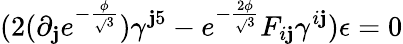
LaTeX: (2(\partial_{\mathbf{j}}e^{-\frac{{\phi}}{{\sqrt{}{{3}}}}})\gamma^{\mathbf{j}5}-e^{-\frac{{2\phi}}{{\sqrt{}{{3}}}}}F_{i\mathbf{j}}\gamma^{i\mathbf{j}})\epsilon=0